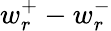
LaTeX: w_{r}^{+}-w_{r}^{-}